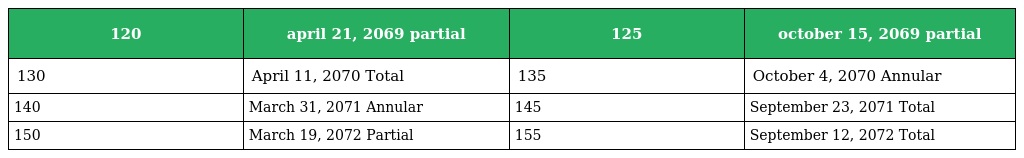
| 120 | april 21, 2069 partial | 125 | october 15, 2069 partial |
 | --- | --- | --- | --- |
 | 130 | April 11, 2070 Total | 135 | October 4, 2070 Annular |
 | 140 | March 31, 2071 Annular | 145 | September 23, 2071 Total |
 | 150 | March 19, 2072 Partial | 155 | September 12, 2072 Total |